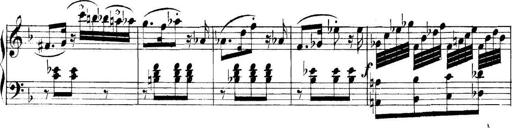
Title: Collected Piano Sonatas
Composer: Muzio Clementi